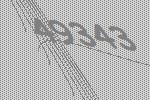
49343